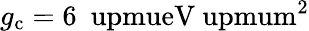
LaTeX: g_{\mathrm{c}}=6~\mathrm{\ upmueV\ upmum^{2}}